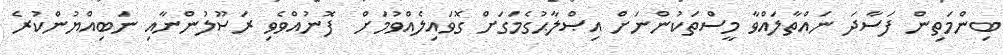
ބިންމަތިން ފަސާދަ ނައްތާލައްވާ މީސްތަކުންނަށް އިޞްލާޙުގެމަގަށް ގޮވައިލެއްވުމަށް  ފޮނުއްވެވި ރަސޫލުންނާއި ނަބިއްޔުންކުރެ